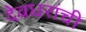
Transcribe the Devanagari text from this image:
देवधरांची